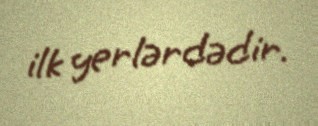
ilk yerlərdədir.